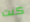
كنت